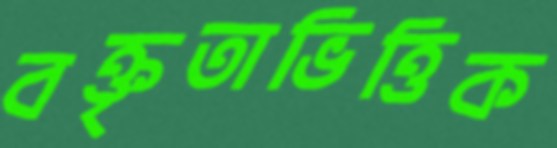
বক্তৃতাভিত্তিক